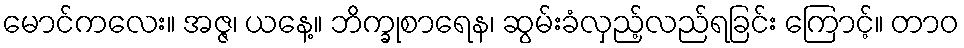
မောင်ကလေး။ အဇ္ဇ၊ ယနေ့။ ဘိက္ခုစာရေန၊ ဆွမ်းခံလှည့်လည်ရခြင်း ကြောင့်။ တာဝ